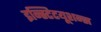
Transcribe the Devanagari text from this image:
इन्स्टिटयूशन्स